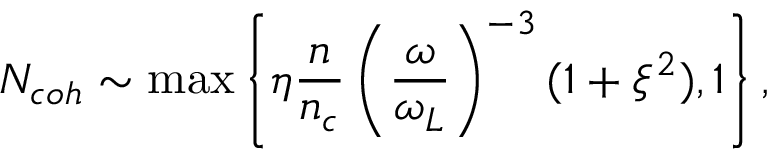
N _ { c o h } \sim \operatorname* { m a x } \left\{ \eta \frac { n } { n _ { c } } \left( \frac { \omega } { \omega _ { L } } \right) ^ { - 3 } ( 1 + \xi ^ { 2 } ) , 1 \right\} ,